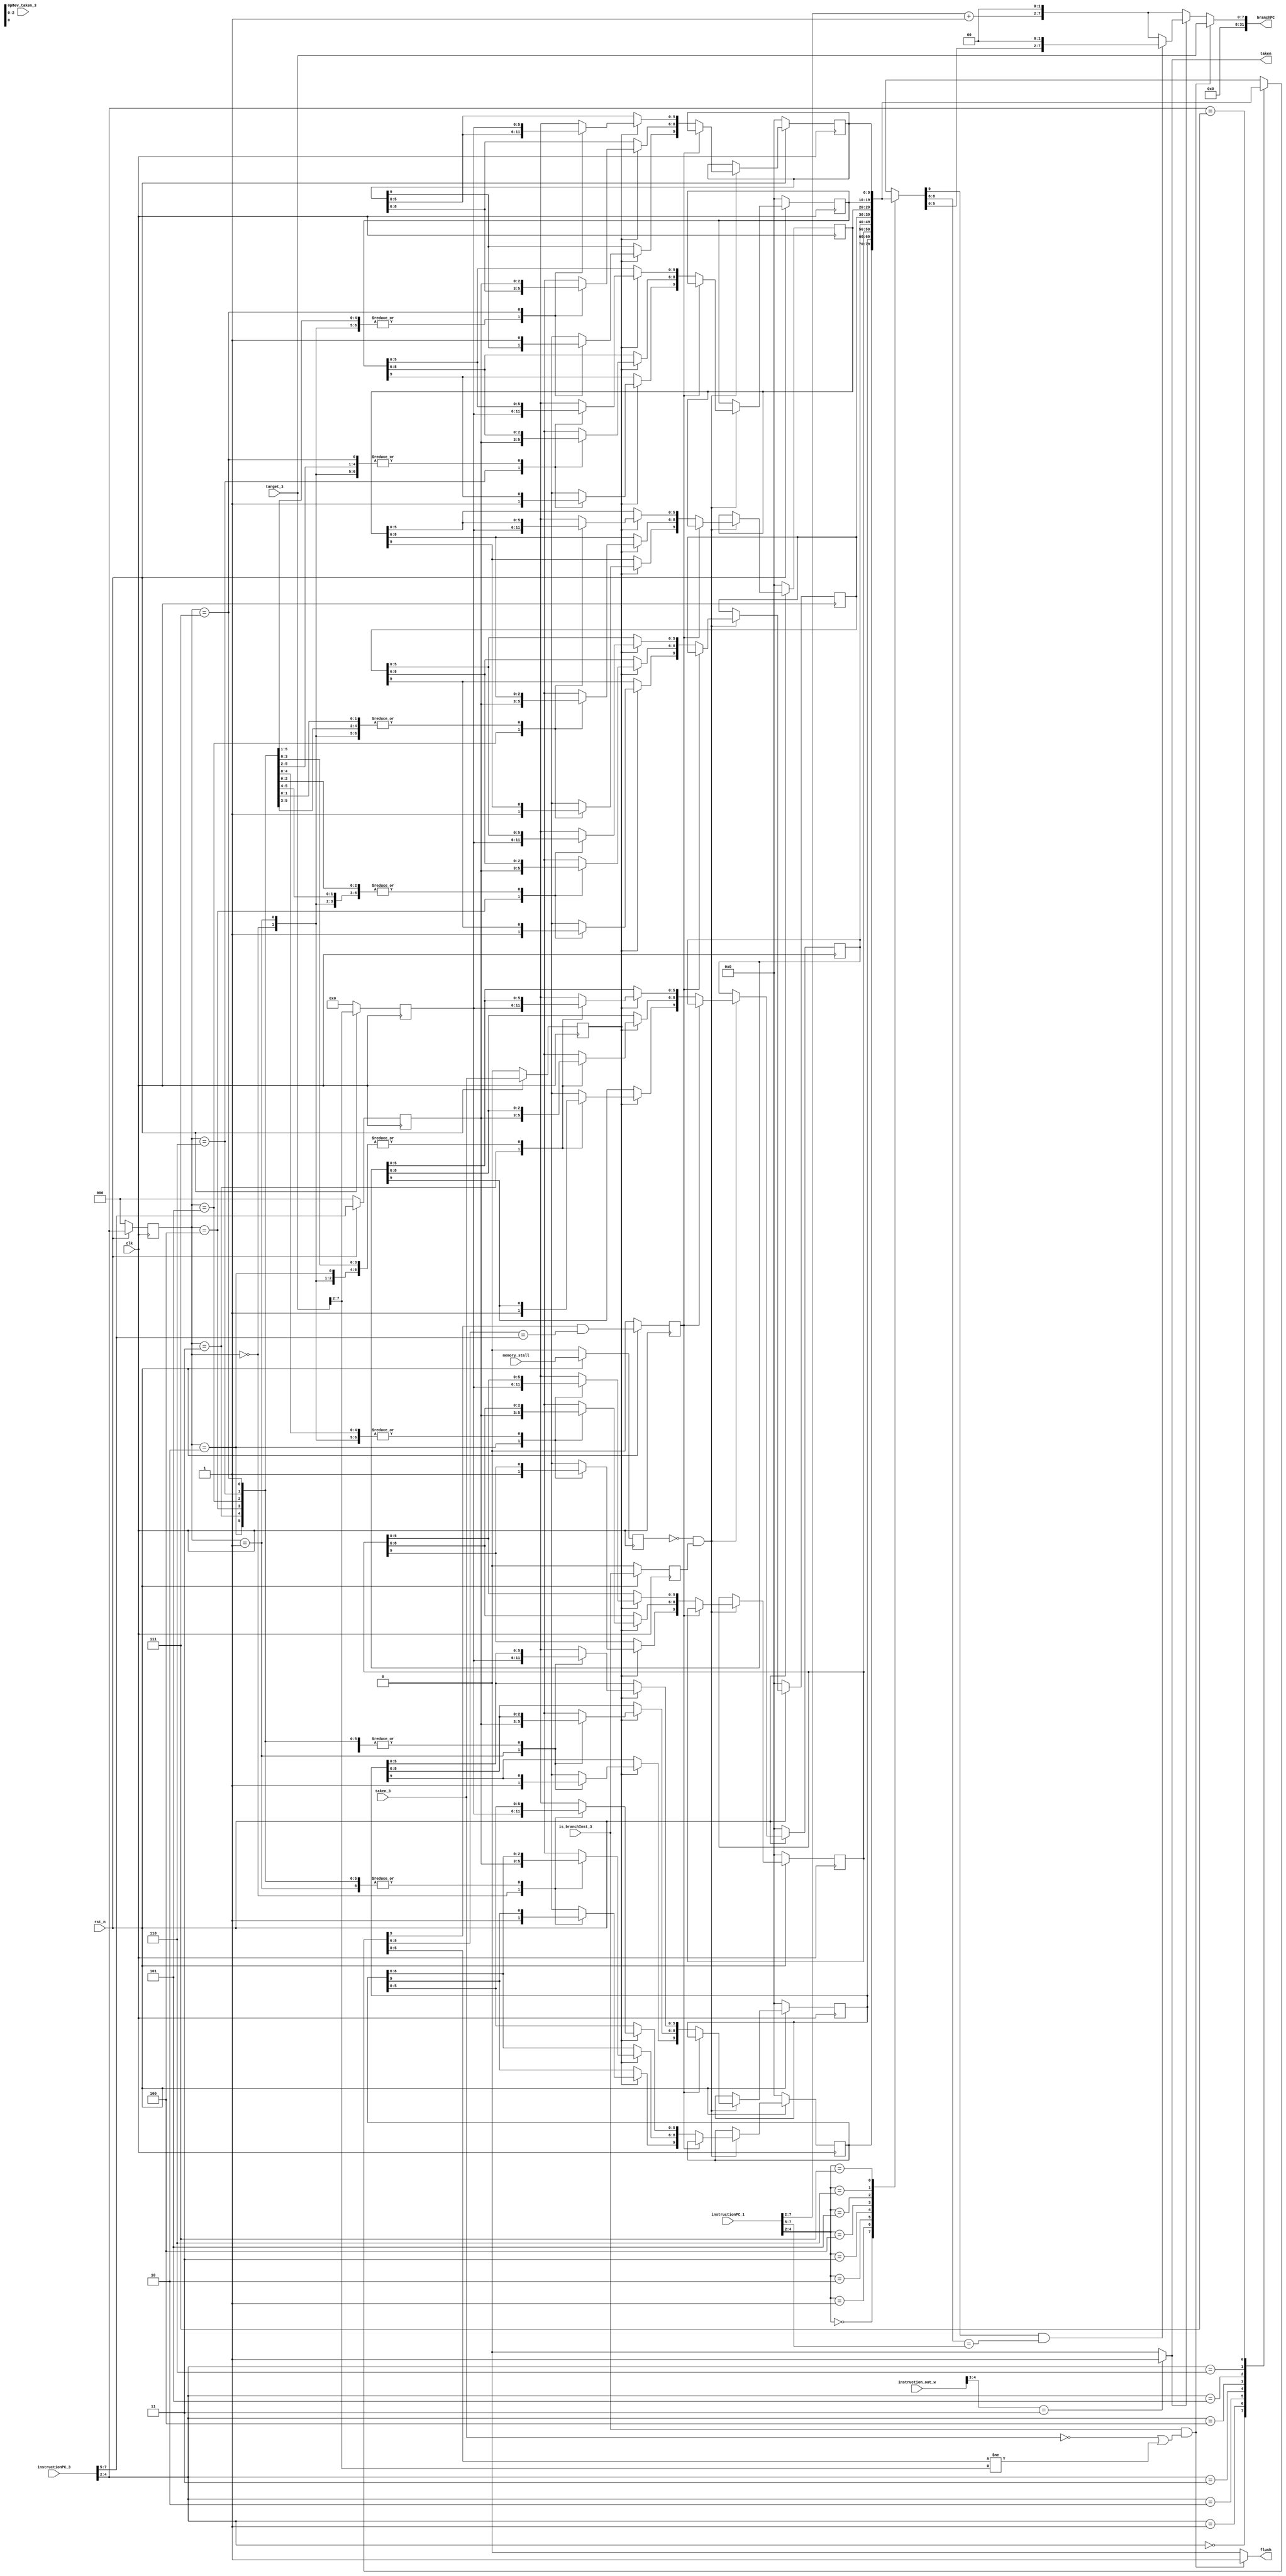
module BTB(
    input clk,
    input rst_n,
    input memory_stall,

    input [29:0] instruction_out_w,
    input [31:0] instructionPC_1,
    input [7:0]  instructionPC_3,
    input        is_branchInst_3,
    input        taken_3,
    input        prev_taken_3,
    input [7:0] target_3,
    
    output [31:0] branchPC, // predicted result or updated result
    output flush,
    output taken
);
    parameter setSize = 10; // 1 + 3 + 6

    // BTB cache
    reg [setSize - 1 : 0] btb_r [0:7];
    reg [setSize - 1 : 0] btb_w [0:7];
    reg hit_3_r, taken_3_r, target_wrong3_r, is_branchInst_3_r, mem_stall_r;
    reg [2:0] index_r;
    reg [2:0] tag_r;
    reg [5:0] content_r;

    // Wires 
    reg hit_3;
    reg hit_1;
    reg target_wrong3;
    reg taken_wrong3;
    reg flush_w;
    reg taken_w;
    reg [31:0] branchPC_w;
    reg [5:0] PC_4;
    
    integer i;

    assign branchPC     = branchPC_w;
    assign flush        = flush_w;
    assign taken        = taken_w;
    
    // ===== Update BTB ===== //
    always @(*) begin
        for(i = 0; i < 8; i = i + 1) begin
            btb_w[i] = btb_r[i];
        end
        hit_1       =   btb_r[instructionPC_1[4:2]][9] & 
                          (btb_r[instructionPC_1[4:2]][8:6] == instructionPC_1[7:5]);
        hit_3       =   btb_r[instructionPC_3[4:2]][9] & 
                          (btb_r[instructionPC_3[4:2]][8:6] == instructionPC_3[7:5]);
        
        target_wrong3     = btb_r[instructionPC_3[4:2]][5:0] != target_3[7:2];
        taken_wrong3      = (~taken_3);

        if(!mem_stall_r && is_branchInst_3_r) begin
            if(!hit_3_r) begin
                if(taken_3_r) begin
                    btb_w[index_r][9]     = 1'b1;
                    btb_w[index_r][8:6]   = tag_r;
                    btb_w[index_r][5:0]    = content_r;  
                end
            end
        end        
    end

    // ===== BranchPC logic ===== //
    always @(*) begin
        if(instruction_out_w[4:3] == 2'b11) begin // BNE, BEQ, JALR, JAL
            taken_w = 1'b1;
        end
        else begin
            taken_w = 1'b0;
        end    
        PC_4 = instructionPC_1[7:2] + 1;
        if(is_branchInst_3 && (taken_wrong3 || target_wrong3)) begin // Previous branch taken wrong 
            branchPC_w  = target_3; // new PC
            flush_w     = 1'b1;
        end
        else begin
            if(taken_w) begin
                if(hit_1)
                    branchPC_w = {24'd0, btb_r[instructionPC_1[4:2]][5:0], 2'd0};
                else
                    branchPC_w = {24'd0, PC_4, 2'd0};
            end
            else 
                branchPC_w = {24'd0, PC_4, 2'd0};
            flush_w = 1'b0;
        end
    end

    always @(posedge clk) begin
        if(!rst_n) begin
            for(i = 0; i < 8; i = i + 1) begin
                btb_r[i] <= 10'd0;
            end 
            hit_3_r         <= 1'b0;
            taken_3_r       <= 1'b0;
            target_wrong3_r <= 1'b0; 
            is_branchInst_3_r <= 1'b0;
            mem_stall_r     <= 1'b0;
            index_r         <= 3'd0;
            tag_r           <= 3'd0;
            content_r       <= 6'd0;
        end
        else begin
            for(i = 0; i < 8; i = i + 1) begin
                btb_r[i] <= btb_w[i];
            end 
            hit_3_r         <= hit_3;
            taken_3_r       <= taken_3;
            target_wrong3_r <= target_wrong3; 
            is_branchInst_3_r <= is_branchInst_3;
            mem_stall_r     <= memory_stall;
            index_r         <= instructionPC_3[4:2];
            tag_r           <= instructionPC_3[7:5];
            content_r       <= target_3[7:2];
        end
    end

endmodule